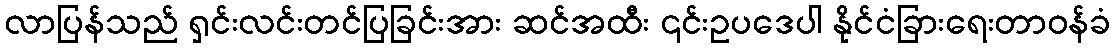
လာပြန်သည် ရှင်းလင်းတင်ပြခြင်းအား ဆင်အထီး ၎င်းဥပဒေပါ နိုင်ငံခြားရေးတာဝန်ခံ